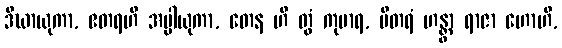
ဒီဃာယုကာ, ဧတရဟိ အပ္ပါယုကာ, တေန ဟိ တွံ ကုမာရ, ပိတရံ ဟန္တွာ ရာဇာ ဟောဟိ,